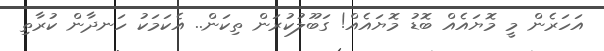
އަހަރެން މީ މޮޔައެއް ބޮޑު މޮޔައެއް! ގަބޫލުކުރަން ތިކަން.. އެކަމަކު ހަނދާން ކުރާތި